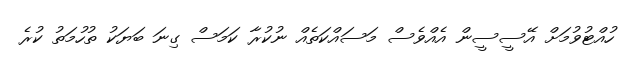
ހުއްޓުވުމަށް އޭސީސީން އެއްވެސް މަސައްކަތެއް ނުކުރާ ކަމަސް ގިނަ ބަޔަކު ތުހުމަތު ކުރެ